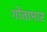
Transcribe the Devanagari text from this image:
गोतामार